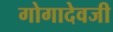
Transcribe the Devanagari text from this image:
गोगादेवजी